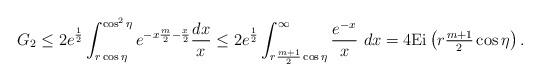
LaTeX: \begin{align*}G_{2}\leq{}&2e^{\frac{1}{2}}\int_{r\cos\eta}^{\cos^{2}\eta}e^{-x\frac{m}{2}-\frac{x}{2}}\frac{dx}{x} \leq 2e^{\frac{1}{2}}\int_{r\frac{m+1}{2}\cos\eta}^{\infty}\frac{e^{-x}}{x}\ dx=4{\rm Ei}\left(r\tfrac{m+1}{2}\cos\eta\right).\end{align*}